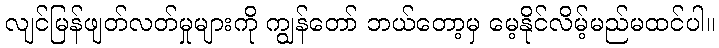
လျင်မြန်ဖျတ်လတ်မှုများကို ကျွန်တော် ဘယ်တော့မှ မေ့နိုင်လိမ့်မည်မထင်ပါ။